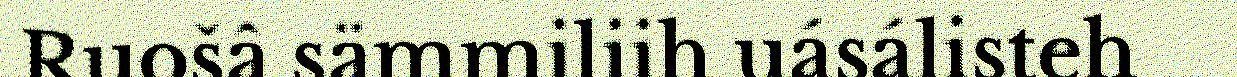
Ruošâ sämmiliih uásálisteh